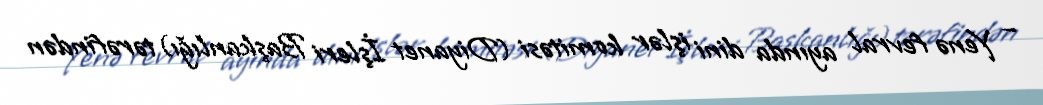
– Yenə fevral ayında dini işlər komitəsi (Diyanet İşleri Başkanlığı) tərəfindən